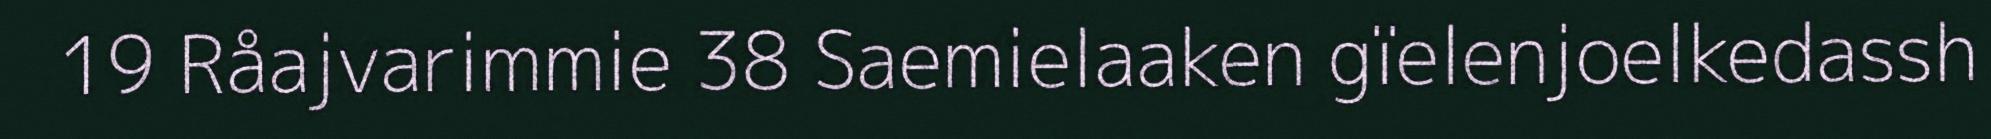
19 Råajvarimmie 38 Saemielaaken gïelenjoelkedassh